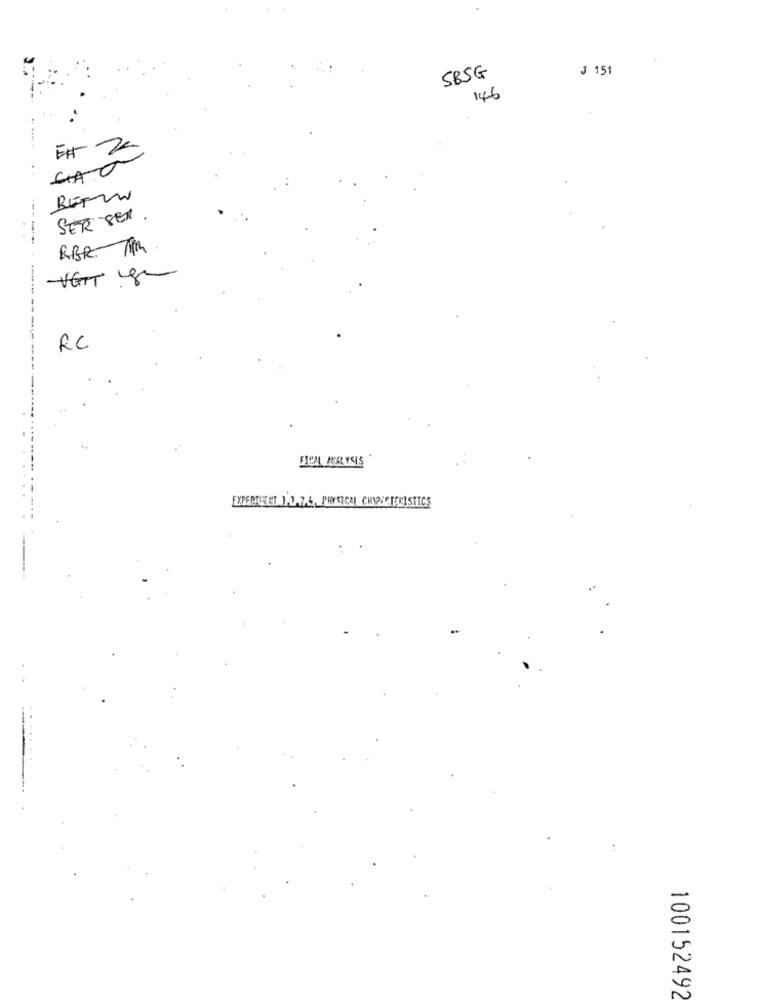
J 151
SBSG
146
. .
SER SER .
---
RBR. Tim
-----------
RC
FIOL ANALYSIS
-..
100152492